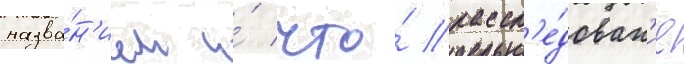
назва́н'ием и́ что́ рассл'е́дован'ие